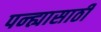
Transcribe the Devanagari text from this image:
पन्ह्यासाठी